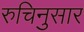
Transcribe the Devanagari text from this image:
रुचिनुसार